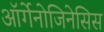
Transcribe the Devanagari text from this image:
ऑर्गेनोजिनेसिस